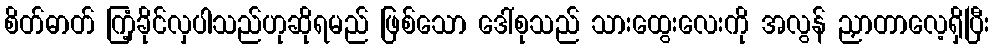
စိတ်ဓာတ် ကြံ့ခိုင်လှပါသည်ဟုဆိုရမည် ဖြစ်သော ဒေါ်စုသည် သားထွေးလေးကို အလွန် ညှာတာလေ့ရှိပြီး